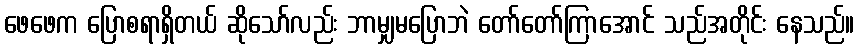
ဖေဖေက ပြောစရာရှိတယ် ဆိုသော်လည်း ဘာမျှမပြောဘဲ တော်တော်ကြာအောင် သည်အတိုင်း နေသည်။